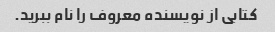
کتابی از نویسنده معروف را نام ببرید.